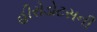
હીરોડોટસની